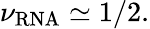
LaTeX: \nu_{\mathrm{RNA}}\simeq 1/2.